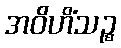
အဝိဟိံသဉ္စ